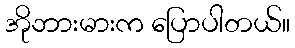
အိုဘားမားက ပြောပါတယ်။